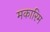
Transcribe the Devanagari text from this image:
मकारिम